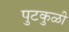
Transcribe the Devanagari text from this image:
पुटकुळी